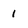
Character: 1